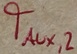
Text: TAUX,2